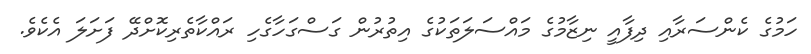
ހަމުގެ ކެންސަރާއި ދިފާއީ ނިޒާމުގެ މައްސަލަތަކުގެ އިތުރުން ގަސްގަހާގެހި ރައްކާތެރިކޮށްދޭ ފަށަލަ އެކެވެ.